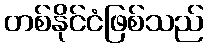
တစ်နိုင်ငံဖြစ်သည်